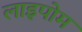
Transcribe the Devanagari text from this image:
लाइपोम